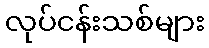
လုပ်ငန်းသစ်များ